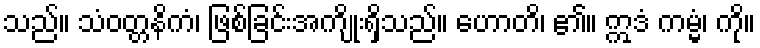
သည်။ သံဝတ္တနိကံ၊ ဖြစ်ခြင်းအကျိုးရှိသည်။ ဟောတိ၊ ၏။ ဣဒံ ကမ္မံ၊ ကို။